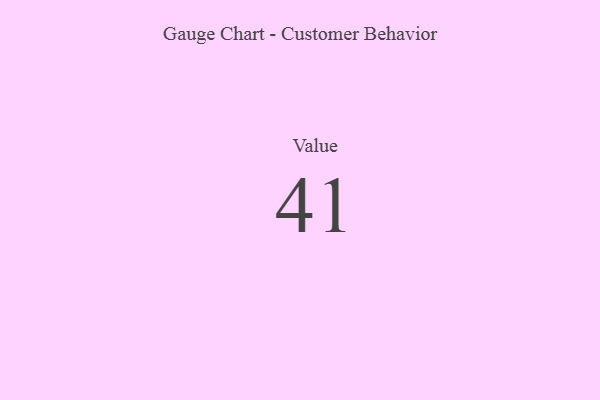
{"axis": {"x": "Metric", "y": "Value"}, "legend": [""], "data": [{"x": "Value", "y": 41, "type": ""}]}